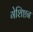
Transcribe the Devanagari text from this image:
गेशिष्टन